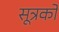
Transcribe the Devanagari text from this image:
सूत्रकों